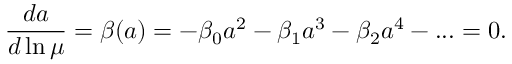
\frac { d a } { d \ln \mu } = \beta ( a ) = - \beta _ { 0 } a ^ { 2 } - \beta _ { 1 } a ^ { 3 } - \beta _ { 2 } a ^ { 4 } - . . . = 0 .